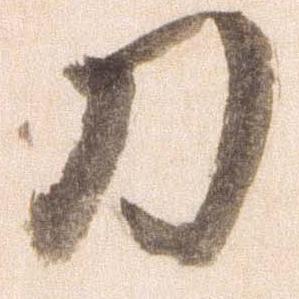
刀